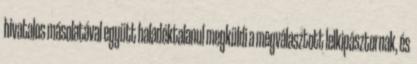
hivatalos másolatával együtt haladéktalanul megküldi a megválasztott lelkipásztornak, és